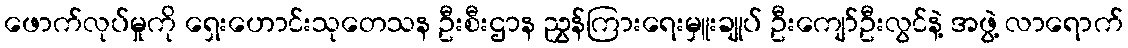
ဖောက်လုပ်မှုကို ရှေးဟောင်းသုတေသန ဦးစီးဌာန ညွှန်ကြားရေးမှူးချုပ် ဦးကျော်ဦးလွင်နဲ့ အဖွဲ့ လာရောက်